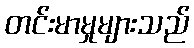
တင်းမာမှုများသည်